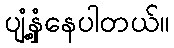
ပျံ့နှံ့နေပါတယ်။